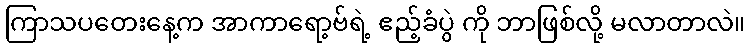
ကြာသပတေးနေ့က အာကာရော့ဗ်ရဲ့ ဧည့်ခံပွဲ ကို ဘာဖြစ်လို့ မလာတာလဲ။